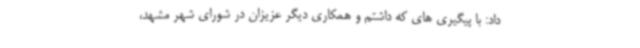
داد: با پیگیری های که داشتم و همکاری دیگر عزیزان در شورای شهر مشهد،